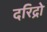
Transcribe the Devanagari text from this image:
दरिद्रो